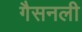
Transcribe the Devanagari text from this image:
गैसनली